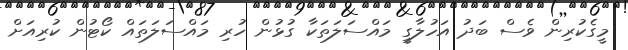
މީގެކުރިން ވެސް ބަދު އަހުލާގީ މައްސަލަތަކާ ގުޅުން ހުރި މައްސަލަތައް ކޯޓުން ކުރިއަށް